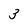
Character: 3